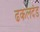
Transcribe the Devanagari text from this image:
ढकलदंड